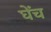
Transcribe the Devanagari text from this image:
घेंच